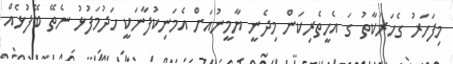
މިފަހަރު ގެހަރަކާތު ގަ އެހީތެރިކަން މިދެނީ ޔާމީނުއަށް އެމަނިކުފާނަކީ ހަދުމަފުޅު ނެތޭ ބޭފުޅެއް